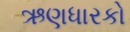
ઋણધારકો